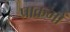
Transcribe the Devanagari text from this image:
प्राक्रमों